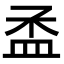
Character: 𥁝